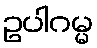
ဥပါဂမ္မ